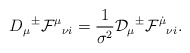
\begin{align*}D_\mu{}^{\pm}{\cal F}^{\mu}{}_{\nu i}=\frac{1}{\sigma^2}{\cal D}_{\mu}{}^{\pm}{\cal F}^{\dot{\mu}}{}_{\nu i}.\end{align*}